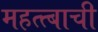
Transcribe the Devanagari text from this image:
महत्त्बाची